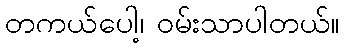
တကယ်ပေါ့၊ ဝမ်းသာပါတယ်။